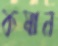
কষান